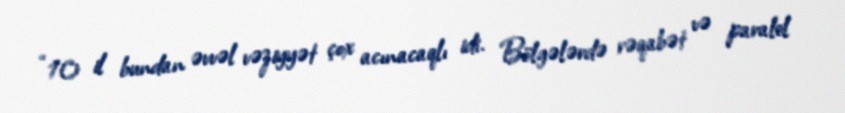
“10 il bundan əvvəl vəziyyət çox acınacaqlı idi. Bölgələrdə rəqabət və paralel